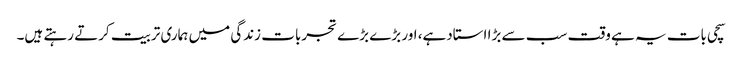
سچی بات یہ ہے وقت سب سے بڑا استادہے، اور بڑے بڑے تجربات زندگی میں ہماری تربیت کرتے رہتے ہیں۔